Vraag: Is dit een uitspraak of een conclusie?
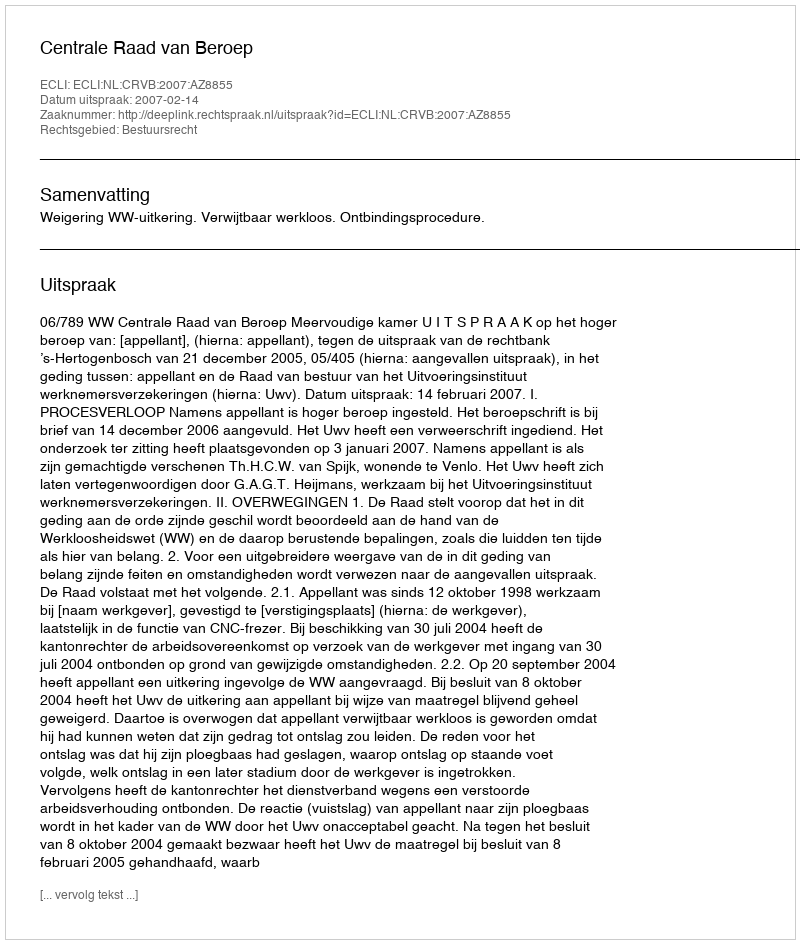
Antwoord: Uitspraak